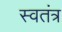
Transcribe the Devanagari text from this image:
स्वतंत्र